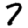
Digit: 7